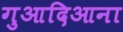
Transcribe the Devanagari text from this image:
गुआदिआना